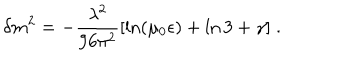
\delta m ^ { 2 } = - \frac { \lambda ^ { 2 } } { 9 6 \pi ^ { 2 } } [ \ln ( \mu _ { 0 } \epsilon ) + \ln 3 + \gamma ] \; .